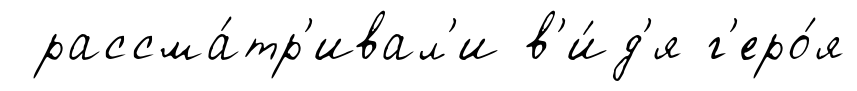
рассма́тр'ивал'и в'и́д'я г'еро́я